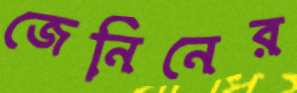
জেনিনের